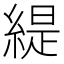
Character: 緹